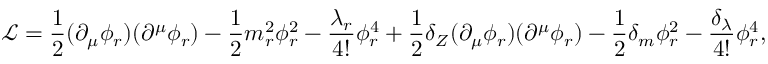
{ \mathcal { L } } = { \frac { 1 } { 2 } } ( \partial _ { \mu } \phi _ { r } ) ( \partial ^ { \mu } \phi _ { r } ) - { \frac { 1 } { 2 } } m _ { r } ^ { 2 } \phi _ { r } ^ { 2 } - { \frac { \lambda _ { r } } { 4 ! } } \phi _ { r } ^ { 4 } + { \frac { 1 } { 2 } } \delta _ { Z } ( \partial _ { \mu } \phi _ { r } ) ( \partial ^ { \mu } \phi _ { r } ) - { \frac { 1 } { 2 } } \delta _ { m } \phi _ { r } ^ { 2 } - { \frac { \delta _ { \lambda } } { 4 ! } } \phi _ { r } ^ { 4 } ,